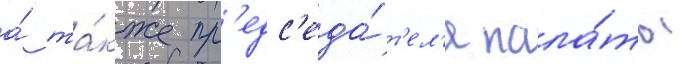
а́ та́кже пр'едс'еда́т'ел'я пала́ты